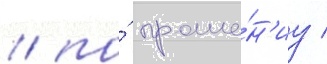
/ по́ проше́н'иу /